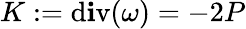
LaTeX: K:=\operatorname{d\mathbf{i}v}(\omega)=-2P